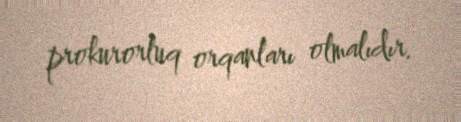
prokurorluq orqanları olmalıdır.